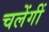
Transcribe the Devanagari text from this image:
चलेंगीं